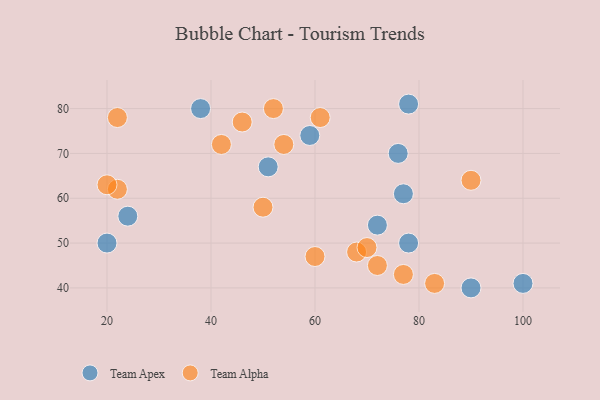
{"axis": {"x": "GDP", "y": "Life Expectancy"}, "legend": ["Team Alpha", "Team Apex"], "data": [{"x": "72", "y": 54, "type": "Team Apex"}, {"x": "76", "y": 70, "type": "Team Apex"}, {"x": "51", "y": 67, "type": "Team Apex"}, {"x": "78", "y": 50, "type": "Team Apex"}, {"x": "38", "y": 80, "type": "Team Apex"}, {"x": "90", "y": 40, "type": "Team Apex"}, {"x": "77", "y": 61, "type": "Team Apex"}, {"x": "24", "y": 56, "type": "Team Apex"}, {"x": "78", "y": 81, "type": "Team Apex"}, {"x": "59", "y": 74, "type": "Team Apex"}, {"x": "100", "y": 41, "type": "Team Apex"}, {"x": "20", "y": 50, "type": "Team Apex"}, {"x": "68", "y": 48, "type": "Team Alpha"}, {"x": "46", "y": 77, "type": "Team Alpha"}, {"x": "70", "y": 49, "type": "Team Alpha"}, {"x": "22", "y": 62, "type": "Team Alpha"}, {"x": "22", "y": 78, "type": "Team Alpha"}, {"x": "42", "y": 72, "type": "Team Alpha"}, {"x": "77", "y": 43, "type": "Team Alpha"}, {"x": "54", "y": 72, "type": "Team Alpha"}, {"x": "60", "y": 47, "type": "Team Alpha"}, {"x": "83", "y": 41, "type": "Team Alpha"}, {"x": "20", "y": 63, "type": "Team Alpha"}, {"x": "72", "y": 45, "type": "Team Alpha"}, {"x": "90", "y": 64, "type": "Team Alpha"}, {"x": "61", "y": 78, "type": "Team Alpha"}, {"x": "52", "y": 80, "type": "Team Alpha"}, {"x": "50", "y": 58, "type": "Team Alpha"}]}